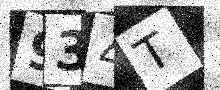
Text: 934T